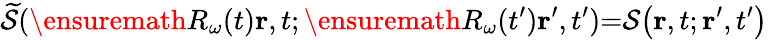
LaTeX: \widetilde{\cal S}(\ensuremath{R_{\omega}}(t)\mathbf{r},t;\ensuremath{R_{\omega}}(t^{\prime})\mathbf{r}^{\prime},t^{\prime}){=}{\cal S}\big(\mathbf{r},t;\mathbf{r}^{\prime},t^{\prime}\big)